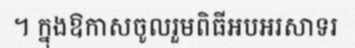
។ ក្នុងឱកាសចូលរួមពិធីអបអរសាទរ